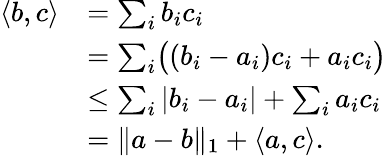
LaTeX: \begin{array}{rl}{\langle b,c\rangle}&{=\sum_{i}b_{i}c_{i}}\\ &{=\sum_{i}\bigl((b_{i}-a_{i})c_{i}+a_{i}c_{i}\bigr)}\\ &{\leq\sum_{i}|b_{i}-a_{i}|+\sum_{i}a_{i}c_{i}}\\ &{=\| a-b\| _{1}+\langle a,c\rangle.}\end{array}